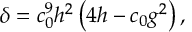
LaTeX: \delta = c _ { 0 } ^ { 9 } h ^ { 2 } \left( 4 h - c _ { 0 } g ^ { 2 } \right) ,